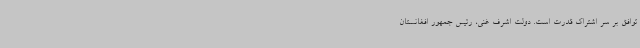
توافق بر سر اشتراک قدرت است. دولت اشرف غنی، رئیس جمهور افغانستان